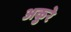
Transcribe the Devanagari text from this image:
अकुरे